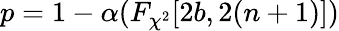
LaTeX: p=1-\alpha(F_{\chi^{2}}[2b,2(n+1)])